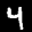
Label: 4